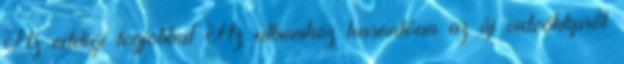
Az eddigi legjobbat Az albumhoz hasonlóan az új videóklipről